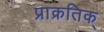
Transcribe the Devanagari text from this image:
प्राक्रतिक्